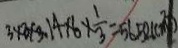
3 \times 3 \times 3 . 1 4 \times 6 \times \frac { 1 } { 3 } = 5 6 5 2 ( c m ^ { 2 } )